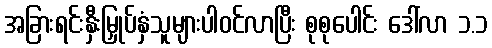
အခြားရင်းနှီးမြှုပ်နှံသူများပါဝင်လာပြီး စုစုပေါင်း ဒေါ်လာ ၁.၁